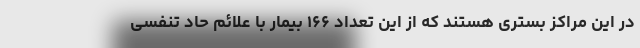
در این مراکز بستری هستند که از این تعداد ۱۶۶ بیمار با علائم حاد تنفسی